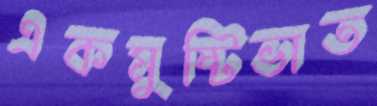
একমুষ্টিভাত